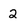
Character: 2